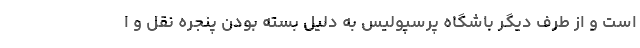
است و از طرف دیگر باشگاه پرسپولیس به دلیل بسته بودن پنجره نقل و ا